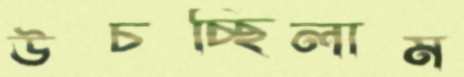
উচচ্ছিলাম